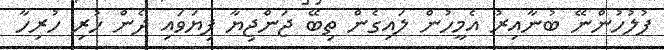
ފުލުހުންނޭ ބުނާއިރު އެމީހުން ލައިގެން ތިބޭ ޖަންޖިޔާ ފިޔަވައި ދެން ހުރި ހުރިހާ